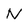
Character: N